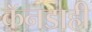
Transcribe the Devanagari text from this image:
कॅनडाही